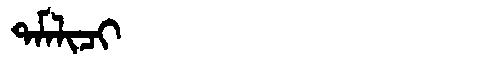
Manchu: ᡨᠠᠮᠯᡳᠴᡳ
Romanization: TAMLICI